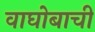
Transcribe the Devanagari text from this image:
वाघोबाची